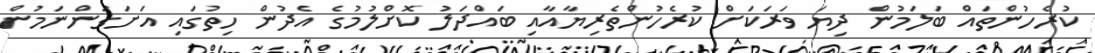
ކުރެހުންތައް ބަލަމުން ދިޔަ ވަރަކަށް ކުރެހުންތެރިޔާއާއި ބައްދަލު ކޮށްލުމުގެ އެދުން ހިތުގައި އަށަގަންނަމުން